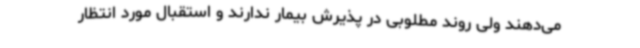
می‌دهند ولی روند مطلوبی در پذیرش بیمار ندارند و استقبال مورد انتظار